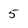
Character: 5